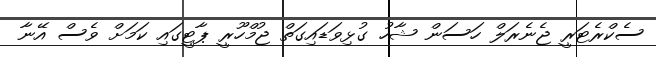
ސެކްރެޓަރީ ޖެނެރަލް ހަސަން ޝާހު ގުޅިވަޑައިގަތް ޖުމްހޫރީ ޕާޓީގައި ކަމަށް ވެސް އޭނާ